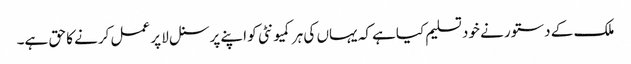
ملک کے دستور نے خود تسلیم کیاہے کہ یہاں کی ہر کمیونٹی کو اپنے پرسنل لا پر عمل کرنے کا حق ہے۔